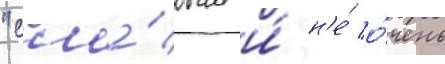
"сла́бым и́ н'е́ о́чень